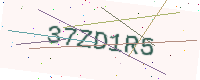
Text: 37ZD1R5